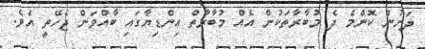
ދަށުން ކޮންމެ ދެ މުބާރާތަކުން އެއް މުބާރާތް އިންޑިޔާގައި ބާއްވަން ޖެހޭތީ އެވެ.